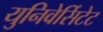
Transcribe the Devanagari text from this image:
युनिवेर्सिटेट